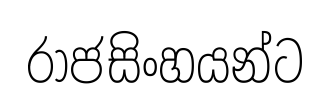
රාජසිංහයන්ට